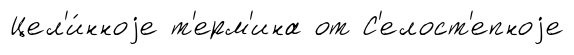
Цел'и́нноjе т'ерм'ина от С'елост'епноjе